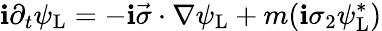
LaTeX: \mathbf{i}\partial_{t}\psi_{\mathrm{{{L}}}}=-\mathbf{i}{\vec{{\sigma}}}\cdot\nabla\psi_{\mathrm{{{L}}}}+m(\mathbf{i}\sigma_{2}\psi_{\mathrm{{{L}}}}^{*})